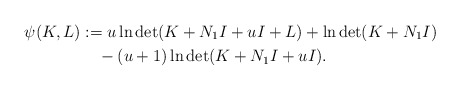
\begin{align*}\psi(K,L)&:=u\ln\det(K+N_1I+uI+L)+\ln \det (K+N_1I)\\&\quad-(u+1)\ln\det(K+N_1I+uI).\end{align*}